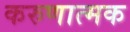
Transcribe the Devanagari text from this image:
करुणात्मक